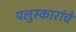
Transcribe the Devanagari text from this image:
पलुस्कारांचे